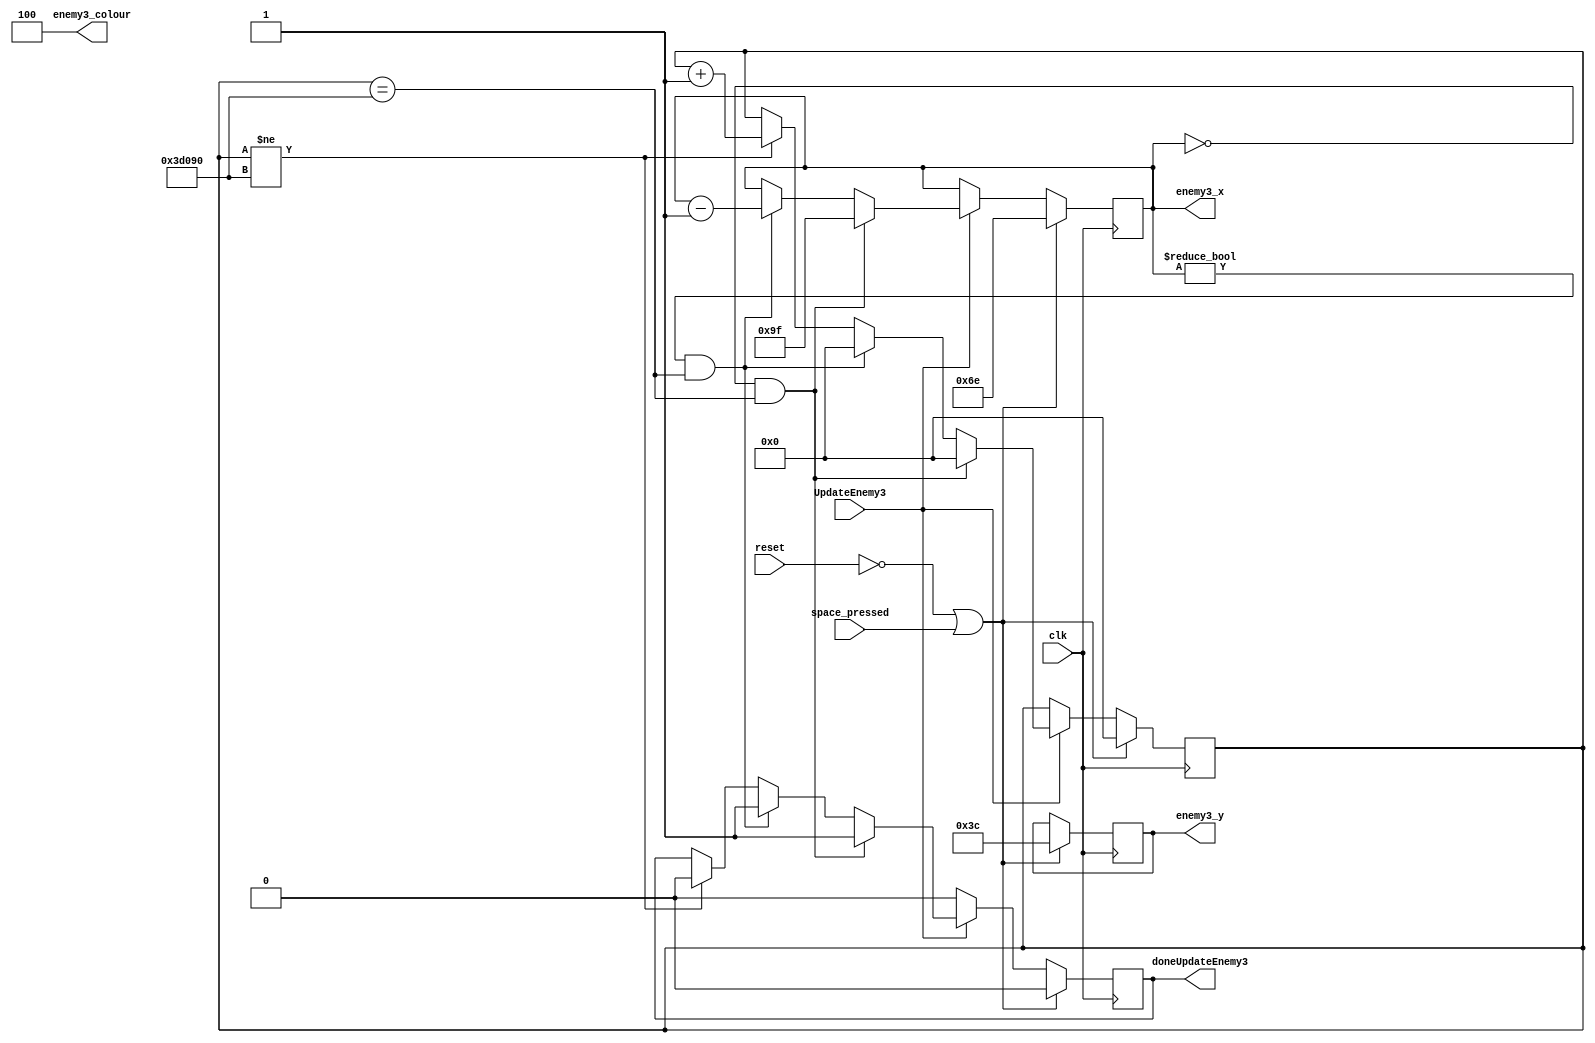
module enemyDatapath3(
    input clk, reset,
    input UpdateEnemy3,
	 input space_pressed,
    output [2:0] enemy3_colour,
    output reg doneUpdateEnemy3,
    output reg [7:0] enemy3_x,
    output reg [6:0] enemy3_y
);

    localparam x = 8'd110;
    localparam y = 7'd60;
    localparam LeftLimit = 8'd0;
    localparam RightLimit = 8'd159;
	 
    reg [17:0] rateDividerCounter;         
    assign enemy3_colour = 3'b100;

    always @(posedge clk) begin
        if ((reset == 1'b0) || space_pressed) begin
            enemy3_x <= x;
            enemy3_y <= y;
            doneUpdateEnemy3 <= 1'b0;
            rateDividerCounter <= 22'd0;
				
		  end else if (!UpdateEnemy3) begin
				doneUpdateEnemy3 <= 1'b0;
				
        end else if (UpdateEnemy3) begin
            if ((enemy3_x == LeftLimit) && (rateDividerCounter == 18'd250000)) begin
                enemy3_x <= RightLimit;
                doneUpdateEnemy3 <= 1'b1;
                rateDividerCounter <= 18'd0;
            end else if ((enemy3_x != LeftLimit) && (rateDividerCounter == 18'd250000)) begin
                enemy3_x <= enemy3_x - 1;
                doneUpdateEnemy3 <= 1'b1;
                rateDividerCounter <= 18'd0;
            end else if (rateDividerCounter != 18'd250000) begin
                rateDividerCounter <= rateDividerCounter + 1;
					 doneUpdateEnemy3 <= 1'b0;
            end
        end
    end

endmodule